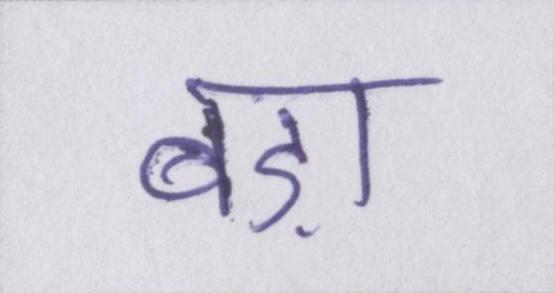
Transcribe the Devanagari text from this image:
बड़ा